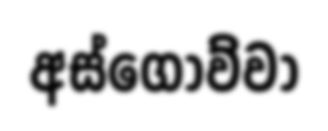
අස්ගොව්වා